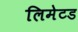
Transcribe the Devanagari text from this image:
लिमेटड